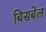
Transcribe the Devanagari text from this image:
बिसबेल